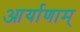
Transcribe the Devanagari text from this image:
आर्याणाम्